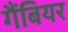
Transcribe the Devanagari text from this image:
गैंबियर